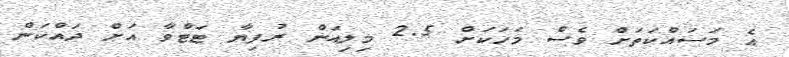
އެ މަސައްކަތަށް ވެސް މަހަކަށް 2.5 މިލިއަން ރުފިޔާ ޓަޓްވާ އަށް ދައްކަން